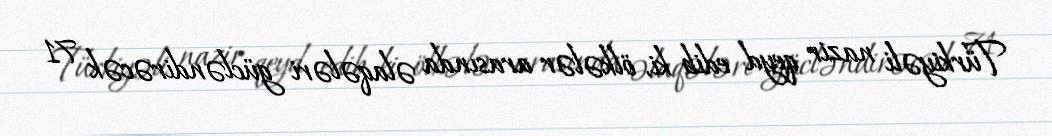
Türkiyəli nazir qeyd edib ki, ölkələr arasında əlaqələri gücləndirəcək 71